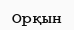
Орқын